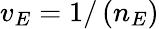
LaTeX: v_{E}=1/\left(n_{E}\right)